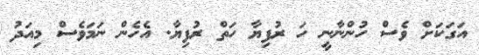
އަގަކަށް ވެސް ހުންނާނީ ހަ ރުފިޔާ ހަތް ރުފިޔާ. އެހެން ނަމަވެސް މިއަދު